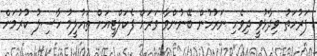
ފަރުހަތު ވިދާޅުވީ ދިވެހި ނަރުހުން ބޭނުންވާ ވަރަށް ފެކަލްޓީއަށް ތައުލީމު ހާސިލު ކުރުމަށް